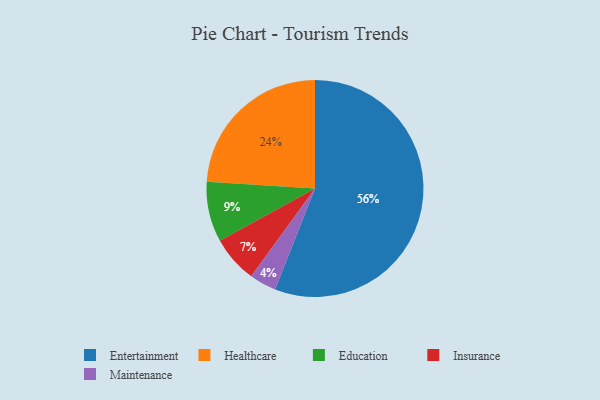
{"axis": {"x": "Category", "y": "Percentage"}, "legend": ["Education", "Entertainment", "Healthcare", "Insurance", "Maintenance"], "data": [{"x": "Healthcare", "y": 24, "type": "Healthcare"}, {"x": "Insurance", "y": 7, "type": "Insurance"}, {"x": "Maintenance", "y": 4, "type": "Maintenance"}, {"x": "Education", "y": 9, "type": "Education"}, {"x": "Entertainment", "y": 56, "type": "Entertainment"}]}